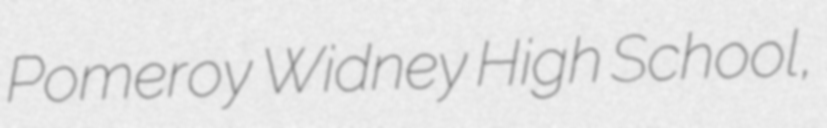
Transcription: Pomeroy Widney High School,